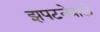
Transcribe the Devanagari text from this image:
झपटनेवाले